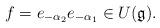
LaTeX: \begin{align*}f = e_{-\alpha_2} e_{-\alpha_1} \in U(\mathfrak g).\end{align*}